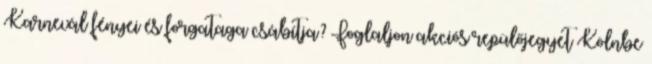
Karnevál fényei és forgataga csábítja? Foglaljon akciós repülőjegyet Kölnbe